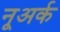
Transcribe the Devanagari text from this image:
नूअर्क